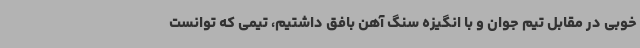
خوبی در مقابل تیم جوان و با انگیزه سنگ آهن بافق داشتیم، تیمی که توانست